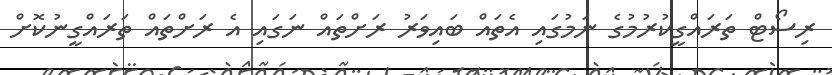
ރިސޯޓް ތަރައްގީކުރުމުގެ ނަމުގައި އެތައް ބައިވަރު ރަށްތައް ނަގައި އެ ރަށްތައް ތަރައްގީނުކޮށް